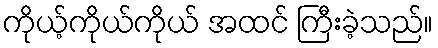
ကိုယ့်ကိုယ်ကိုယ် အထင် ကြီးခဲ့သည်။